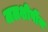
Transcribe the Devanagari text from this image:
जलशीर्षीय